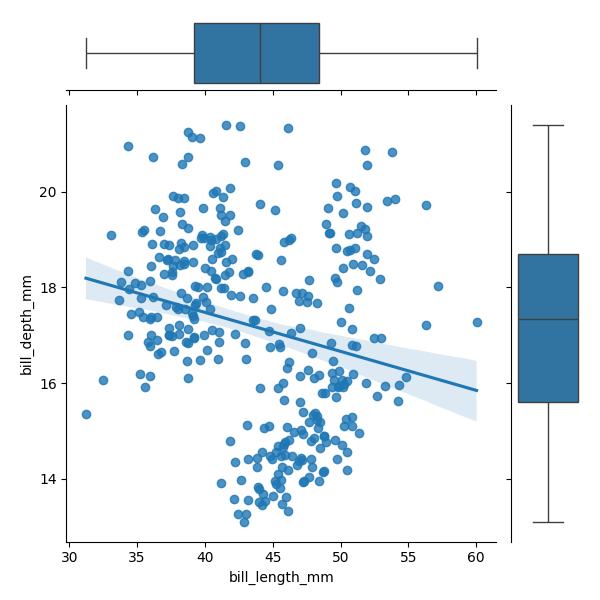
python, seaborn, JointGrid, regplot, boxplot